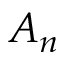
A _ { n }